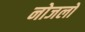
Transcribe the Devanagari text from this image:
नोजलों